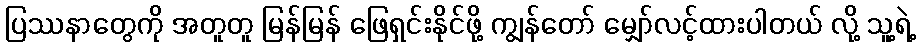
ပြဿနာတွေကို အတူတူ မြန်မြန် ဖြေရှင်းနိုင်ဖို့ ကျွန်တော် မျှော်လင့်ထားပါတယ် လို့ သူ့ရဲ့